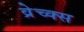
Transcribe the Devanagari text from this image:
व्रेच्क्स